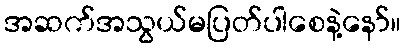
အဆက်အသွယ်မပြတ်ပါစေနဲ့နော်။